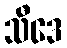
သီဒေ